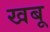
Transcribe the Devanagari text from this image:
खबू